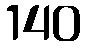
140